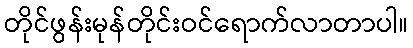
တိုင်ဖွန်းမုန်တိုင်းဝင်ရောက်လာတာပါ။